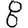
Digit: 8